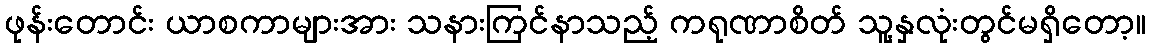
ဖုန်းတောင်း ယာစကာများအား သနားကြင်နာသည့် ကရုဏာစိတ် သူ့နှလုံးတွင်မရှိတော့။